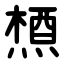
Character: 槱